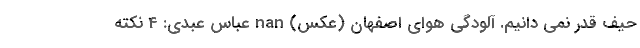
حیف قدر نمی دانیم. آلودگی هوای اصفهان (عکس) nan عباس عبدی: 4 نکته